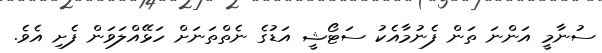
ސުނާމީ އަންނަ ތަން ފެނުމާއެކު ސަޓޯޝީ އަޑުގެ ނެތްތަނަށް ހަޅޭއްލަވަން ފެށި އެވެ.